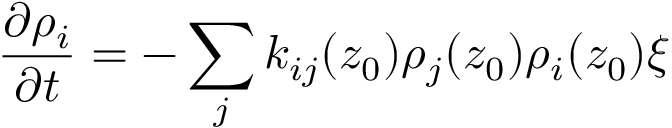
\frac { \partial \rho _ { i } } { \partial t } = - \sum _ { j } k _ { i j } ( z _ { 0 } ) \rho _ { j } ( z _ { 0 } ) \rho _ { i } ( z _ { 0 } ) \xi